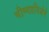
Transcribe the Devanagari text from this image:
भीष्मप्रतिज्ञेने